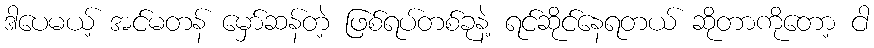
ဒါပေမယ့် အင်မတန် မှော်ဆန်တဲ့ ဖြစ်ရပ်တစ်ခုနဲ့ ရင်ဆိုင်နေရတယ် ဆိုတာကိုတော့ ငါ